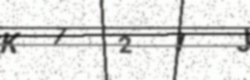
Text: K721J